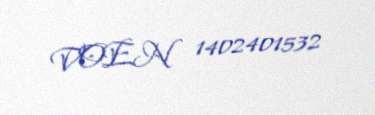
VOEN 1402401532